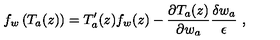
f _ { w } \left( T _ { a } ( z ) \right) = T _ { a } ^ { \prime } ( z ) f _ { w } ( z ) - \frac { \partial T _ { a } ( z ) } { \partial w _ { a } } \frac { \delta w _ { a } } { \epsilon } \ ,